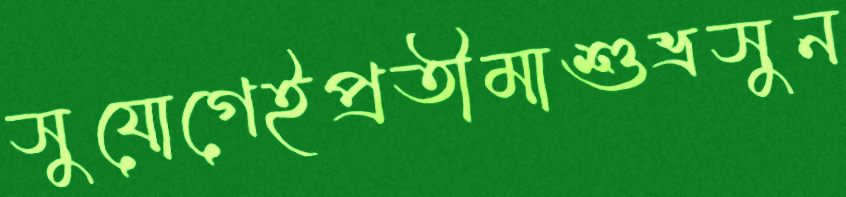
সুযোগেইপ্রতীমাশুভ্রসুন